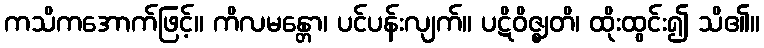
ကသိကအောက်ဖြင့်။ ကိလမန္တော၊ ပင်ပန်းလျက်။ ပဋိဝိဇ္ဈတိ၊ ထိုးထွင်း၍ သိ၏။